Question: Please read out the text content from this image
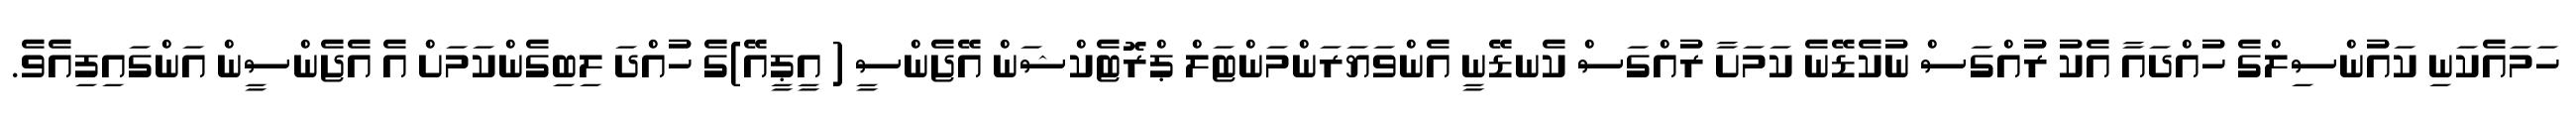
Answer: ހަމައެކަނި ކައުންސިލްގެ ހުއްދައާ އެކު ރުއްގަސް ނުކެޑޭނެ ކަމަށާ ރުއްގަސް ކެނޑޭނީ އެންވަޔަރަންމަންޓަލް ޕްރޮޓެކްޝަން އޭޖެންސީ ( އީޕީއޭ)ގެ ހުއްދަ ލިބިގެންކަމަށް އެ އެޖެންސީން އަންގައިފިއެވެ.